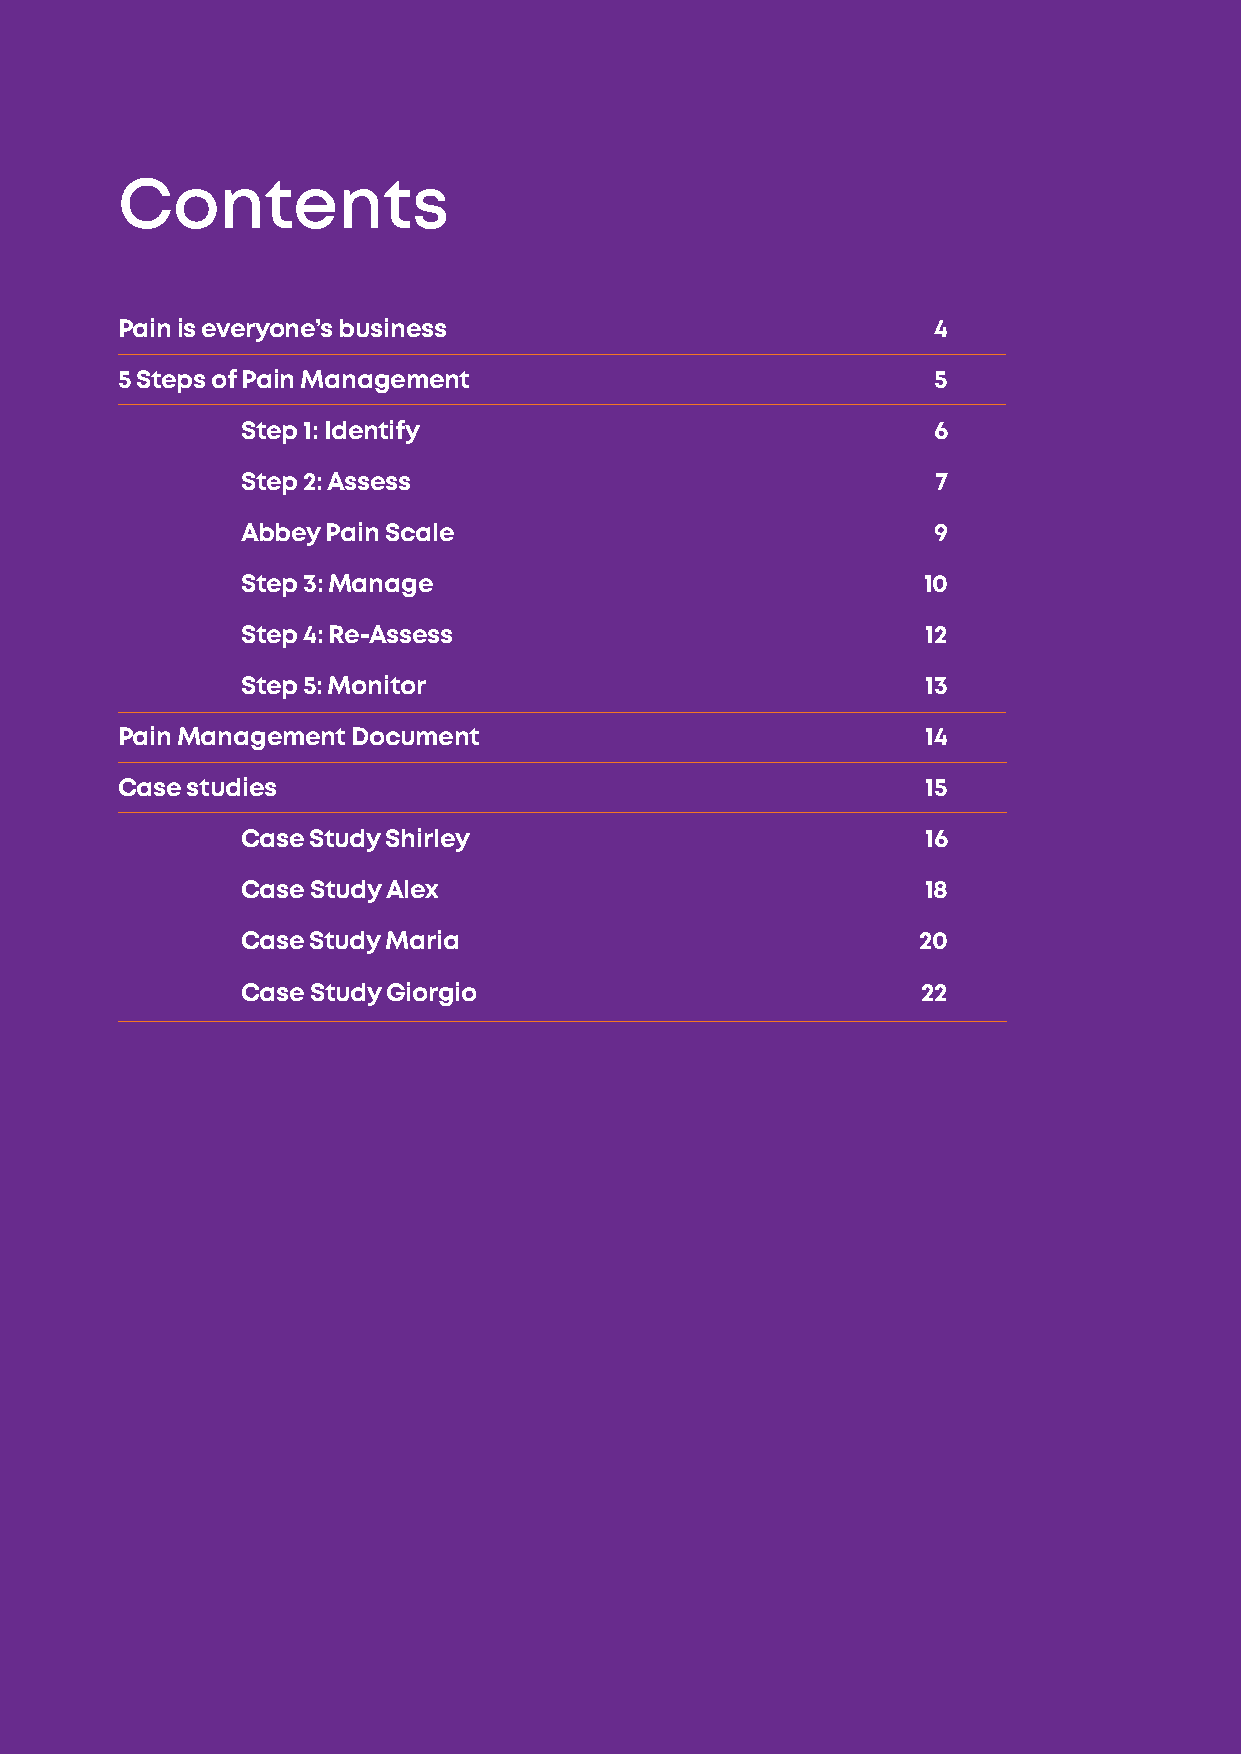
3
 Contents
 Pain is everyone’s business                           4
 5 Steps of Pain Management                            5
 Step 1: Identify                              6
 Step 2: Assess                                7
 Abbey Pain Scale                              9
 Step 3: Manage                               10
 Step 4: Re-Assess                            12
 Step 5: Monitor                              13
 Pain Management Document                             14
 Case studies                                         15
 Case Study Shirley                           16
 Case Study Alex                              18
 Case Study Maria                             20
 Case Study Giorgio                           22